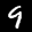
Label: 9